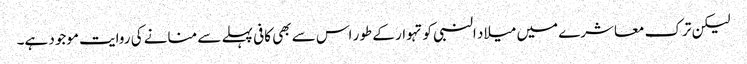
لیکن ترک معاشرے میں میلاد النبی کو تہوار کے طور اس سے بھی کافی پہلے سے منانے کی روایت موجود ہے۔